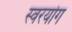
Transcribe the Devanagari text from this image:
स्वरयोग